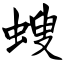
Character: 螋